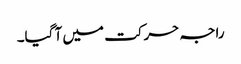
راجہ حرکت میں آ گیا۔